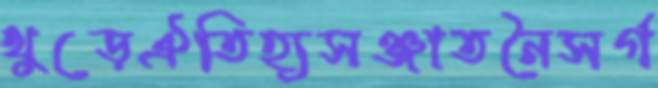
থুব্‌ড়েঐতিহ্যসঞ্জাতনৈসর্গ